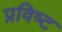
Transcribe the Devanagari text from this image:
प्रविष्‍ट